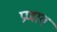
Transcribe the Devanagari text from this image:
प्रणाव